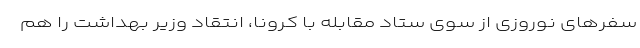
سفرهای نوروزی از سوی ستاد مقابله با کرونا، انتقاد وزیر بهداشت را هم